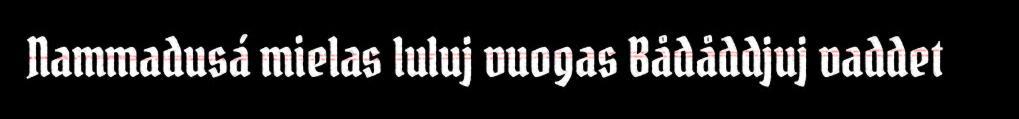
Nammadusá mielas luluj vuogas Bådåddjuj vaddet